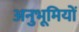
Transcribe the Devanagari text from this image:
अनुभूमियों